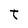
Character: T